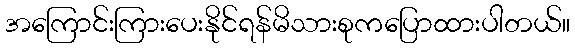
အကြောင်းကြားပေးနိုင်ရန်မိသားစုကပြောထားပါတယ်။